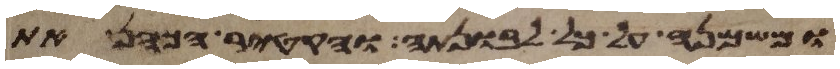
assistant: ומשמנה על כל לבונתה והקטיר הכהן את